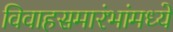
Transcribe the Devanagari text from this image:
विवाहसमारंभांमध्ये